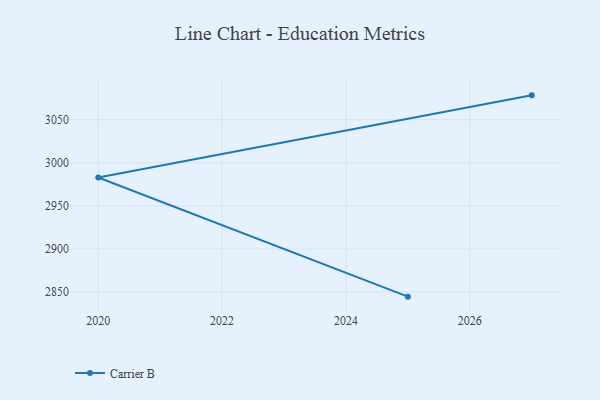
{"axis": {"x": "Year", "y": "LTV (USD)"}, "legend": ["Carrier B"], "data": [{"x": "2027", "y": 3078.3, "type": "Carrier B"}, {"x": "2020", "y": 2982.9, "type": "Carrier B"}, {"x": "2025", "y": 2844.6, "type": "Carrier B"}]}